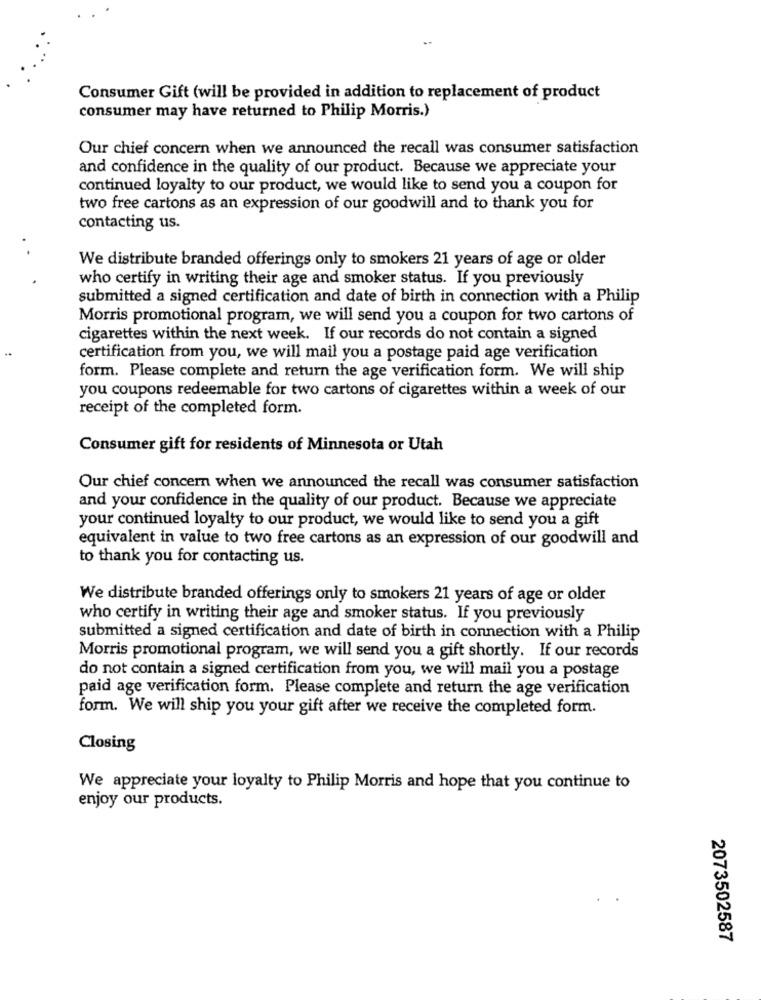
Consumer Gift (will be provided in addition to replacement of product
consumer may have returned to Philip Morris.)
Our chief concern when we announced the recall was consumer satisfaction
and confidence in the quality of our product. Because we appreciate your
continued loyalty to our product, we would like to send you a coupon for
two free cartons as an expression of our goodwill and to thank you for
contacting us.
We distribute branded offerings only to smokers 21 years of age or older
who certify in writing their age and smoker status. If you previously
submitted a signed certification and date of birth in connection with a Philip
Morris promotional program, we will send you a coupon for two cartons of
cigarettes within the next week. If our records do not contain a signed
certification from you, we will mail you a postage paid age verification
form. Please complete and return the age verification form. We will ship
you coupons redeemable for two cartons of cigarettes within a week of our
receipt of the completed form.
Consumer gift for residents of Minnesota or Utah
Our chief concern when we announced the recall was consumer satisfaction
and your confidence in the quality of our product. Because we appreciate
your continued loyalty to our product, we would like to send you a gift
equivalent in value to two free cartons as an expression of our goodwill and
to thank you for contacting us.
We distribute branded offerings only to smokers 21 years of age or older
who certify in writing their age and smoker status. If you previously
submitted a signed certification and date of birth in connection with a Philip
Morris promotional program, we will send you a gift shortly. If our records
do not contain a signed certification from you, we will mail you a postage
paid age verification form. Please complete and return the age verification
form. We will ship you your gift after we receive the completed form.
Closing
We appreciate your loyalty to Philip Morris and hope that you continue to
enjoy our products.
2073502587